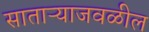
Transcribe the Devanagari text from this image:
साताऱ्याजवळील